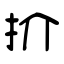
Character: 扴